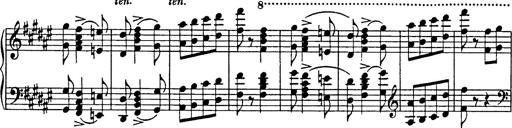
Title: Hungarian Rhapsody No.18
Composer: Franz Liszt
Key: F-sharp minor